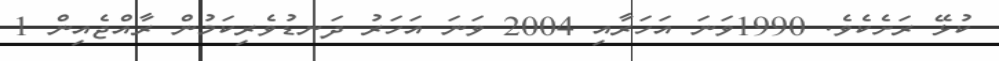
ކުޅޭ ރަށެކެވެ. 1990ވަނަ އަހަރާއި 2004 ވަނަ އަހަރު ދަނޑުވެރިކަމުން ރާއްޖެއިން 1